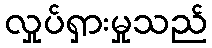
လှုပ်ရှားမှုသည်